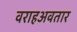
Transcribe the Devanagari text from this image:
वराहअवतार